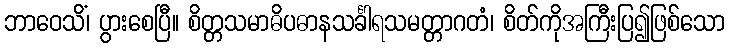
ဘာဝေသိံ၊ ပွားစေပြီ။ စိတ္တသမာဓိပဓာနသင်္ခါရသမတ္တာဂတံ၊ စိတ်ကိုအကြီးပြ၍ဖြစ်သော